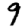
Digit: 9